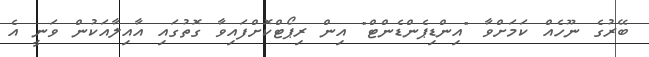
ބޭރުގެ ނޫހެއް ކަމަށްވާ "އިންޑިޕެންޑެންޓް" އިން ރިޕޯޓްކޮށްފައިވާ ގޮތުގައި އާއިލާއަކުން ވަނީ އެ